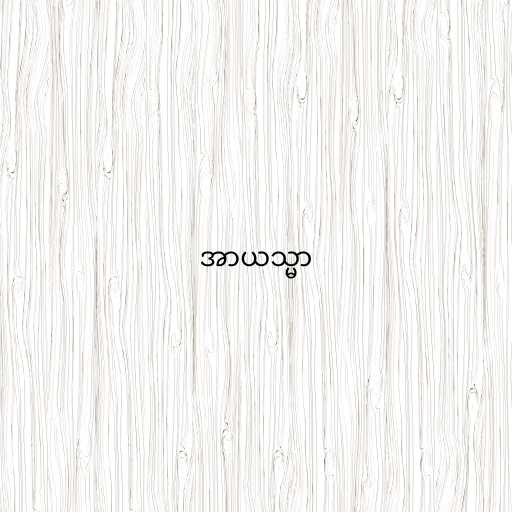
အာယသ္မာ